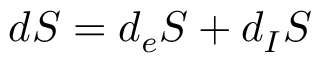
d S = d _ { e } S + d _ { I } S